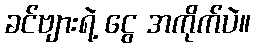
ခင်ဗျားရဲ့ ငွေ အကိုက်ပဲ။